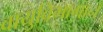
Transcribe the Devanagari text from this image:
वायुविभागाने